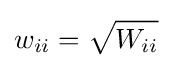
w_{ii}={\sqrt {W_{ii}}}